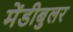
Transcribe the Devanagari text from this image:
मेंडीबुलर